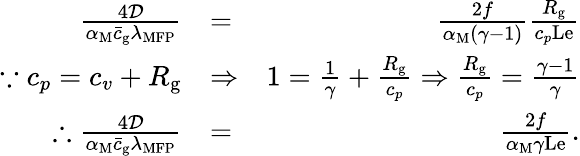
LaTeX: \begin{array}{rlr}{\frac{4\mathcal{D}}{\alpha_{\mathrm{M}}\bar{c}_{\mathrm{g}}\lambda_{\mathrm{MFP}}}}&{=}&{\frac{2f}{\alpha_{\mathrm{M}}(\gamma-1)}\frac{R_{\mathrm{g}}}{c_{p}\mathrm{Le}}}\\ {\because c_{p}=c_{v}+R_{\mathrm{g}}}&{\Rightarrow}&{1=\frac{1}{\gamma}+\frac{R_{\mathrm{g}}}{c_{p}}\Rightarrow\frac{R_{\mathrm{g}}}{c_{p}}=\frac{\gamma-1}{\gamma}}\\ {\therefore\frac{4\mathcal{D}}{\alpha_{\mathrm{M}}\bar{c}_{\mathrm{g}}\lambda_{\mathrm{MFP}}}}&{=}&{\frac{2f}{\alpha_{\mathrm{M}}\gamma\mathrm{Le}}.}\end{array}